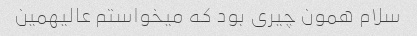
سلام همون چیری بود که میخواستم عالیهمین